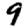
Digit: 9